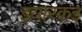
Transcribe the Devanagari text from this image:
इयारकइ